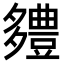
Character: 𮙗